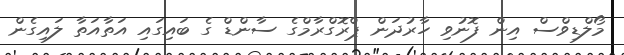
މޯލްޑިވްސް އިން ފޮނުވި ހާރުދަން ޕްރޮގްރާމްގެ ސާންޑް ގެ ބައިގައި އަތާއަތާ ލައިގެން